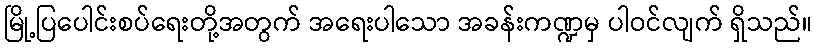
မြို့ပြပေါင်းစပ်ရေးတို့အတွက် အရေးပါသော အခန်းကဏ္ဍမှ ပါဝင်လျက် ရှိသည်။